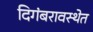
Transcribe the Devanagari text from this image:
दिगंबरावस्थेत